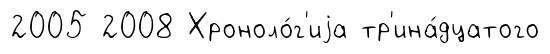
2005 2008 Хроноло́г'иjа тр'ина́дцатого